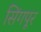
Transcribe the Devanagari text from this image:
सिंगपूर